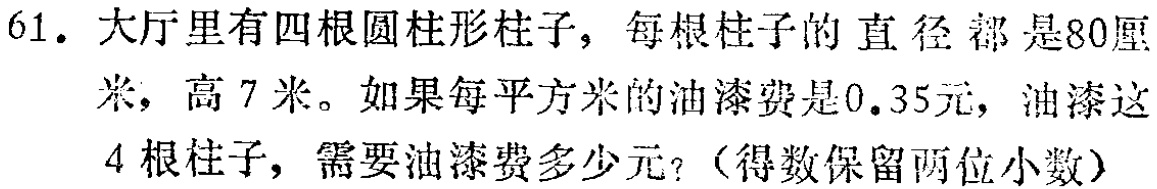
61. 大厅里有四根圆柱形柱子，每根柱子的直径都是80厘米，高7米。如果每平方米的油漆费是0.35元，油漆这4根柱子，需要油漆费多少元？（得数保留两位小数）